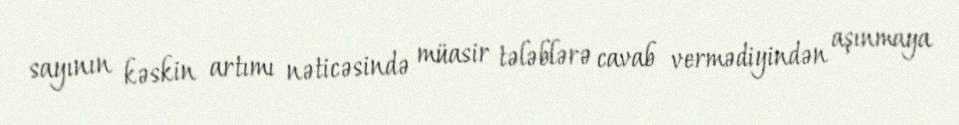
sayının kəskin artımı nəticəsində müasir tələblərə cavab vermədiyindən aşınmaya